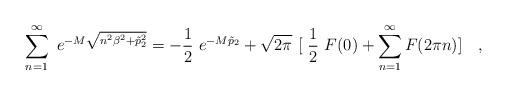
LaTeX: \begin{align*}\sum _{n=1}^{\infty}~e^{-M\sqrt {n^2\beta^2 + \tilde p_{2}^{2} }} =-\frac{1}{2}~e^{-M\tilde p_2} + \sqrt {2\pi}~[~\frac {1}{2}~F(0) + \sum _{n=1}^{\infty} F(2\pi n)] ~~~,\end{align*}